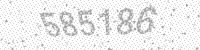
Solution: 585186